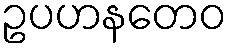
ဥပဟနတေဝ